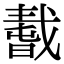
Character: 𢧸